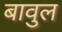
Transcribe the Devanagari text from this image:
बावुल